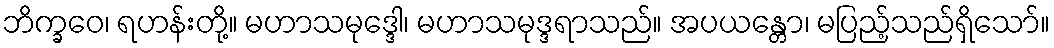
ဘိက္ခဝေ၊ ရဟန်းတို့။ မဟာသမုဒ္ဒေါ၊ မဟာသမုဒ္ဒရာသည်။ အပယန္တော၊ မပြည့်သည်ရှိသော်။